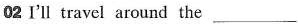
02 I'll trave! around the___